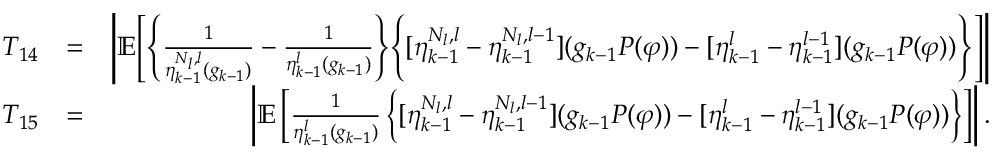
\begin{array} { r l r } { T _ { 1 4 } } & { = } & { \Bigg | \mathbb { E } \Bigg [ \Bigg \{ \frac { 1 } { \eta _ { k - 1 } ^ { N _ { l } , l } ( g _ { k - 1 } ) } - \frac { 1 } { \eta _ { k - 1 } ^ { l } ( g _ { k - 1 } ) } \Bigg \} \Bigg \{ [ \eta _ { k - 1 } ^ { N _ { l } , l } - \eta _ { k - 1 } ^ { N _ { l } , l - 1 } ] ( g _ { k - 1 } P ( \varphi ) ) - [ \eta _ { k - 1 } ^ { l } - \eta _ { k - 1 } ^ { l - 1 } ] ( g _ { k - 1 } P ( \varphi ) ) \Bigg \} \Bigg ] \Bigg | } \\ { T _ { 1 5 } } & { = } & { \left| \mathbb { E } \left[ \frac { 1 } { \eta _ { k - 1 } ^ { l } ( g _ { k - 1 } ) } \left\{ [ \eta _ { k - 1 } ^ { N _ { l } , l } - \eta _ { k - 1 } ^ { N _ { l } , l - 1 } ] ( g _ { k - 1 } P ( \varphi ) ) - [ \eta _ { k - 1 } ^ { l } - \eta _ { k - 1 } ^ { l - 1 } ] ( g _ { k - 1 } P ( \varphi ) ) \right\} \right] \right| . } \end{array}